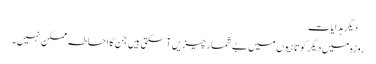
 دیگر ہدایات
روزہ میں دیگر کوتاہیوں میں بے شمار چیزیں آ سکتی ہیں جن کا احاطہ ممکن نہیں ۔